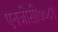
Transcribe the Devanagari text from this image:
एनजीसी७०८९